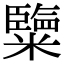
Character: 𥽏